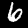
Digit: 6